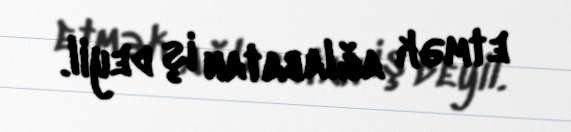
etmək ağlabatan iş deyil.